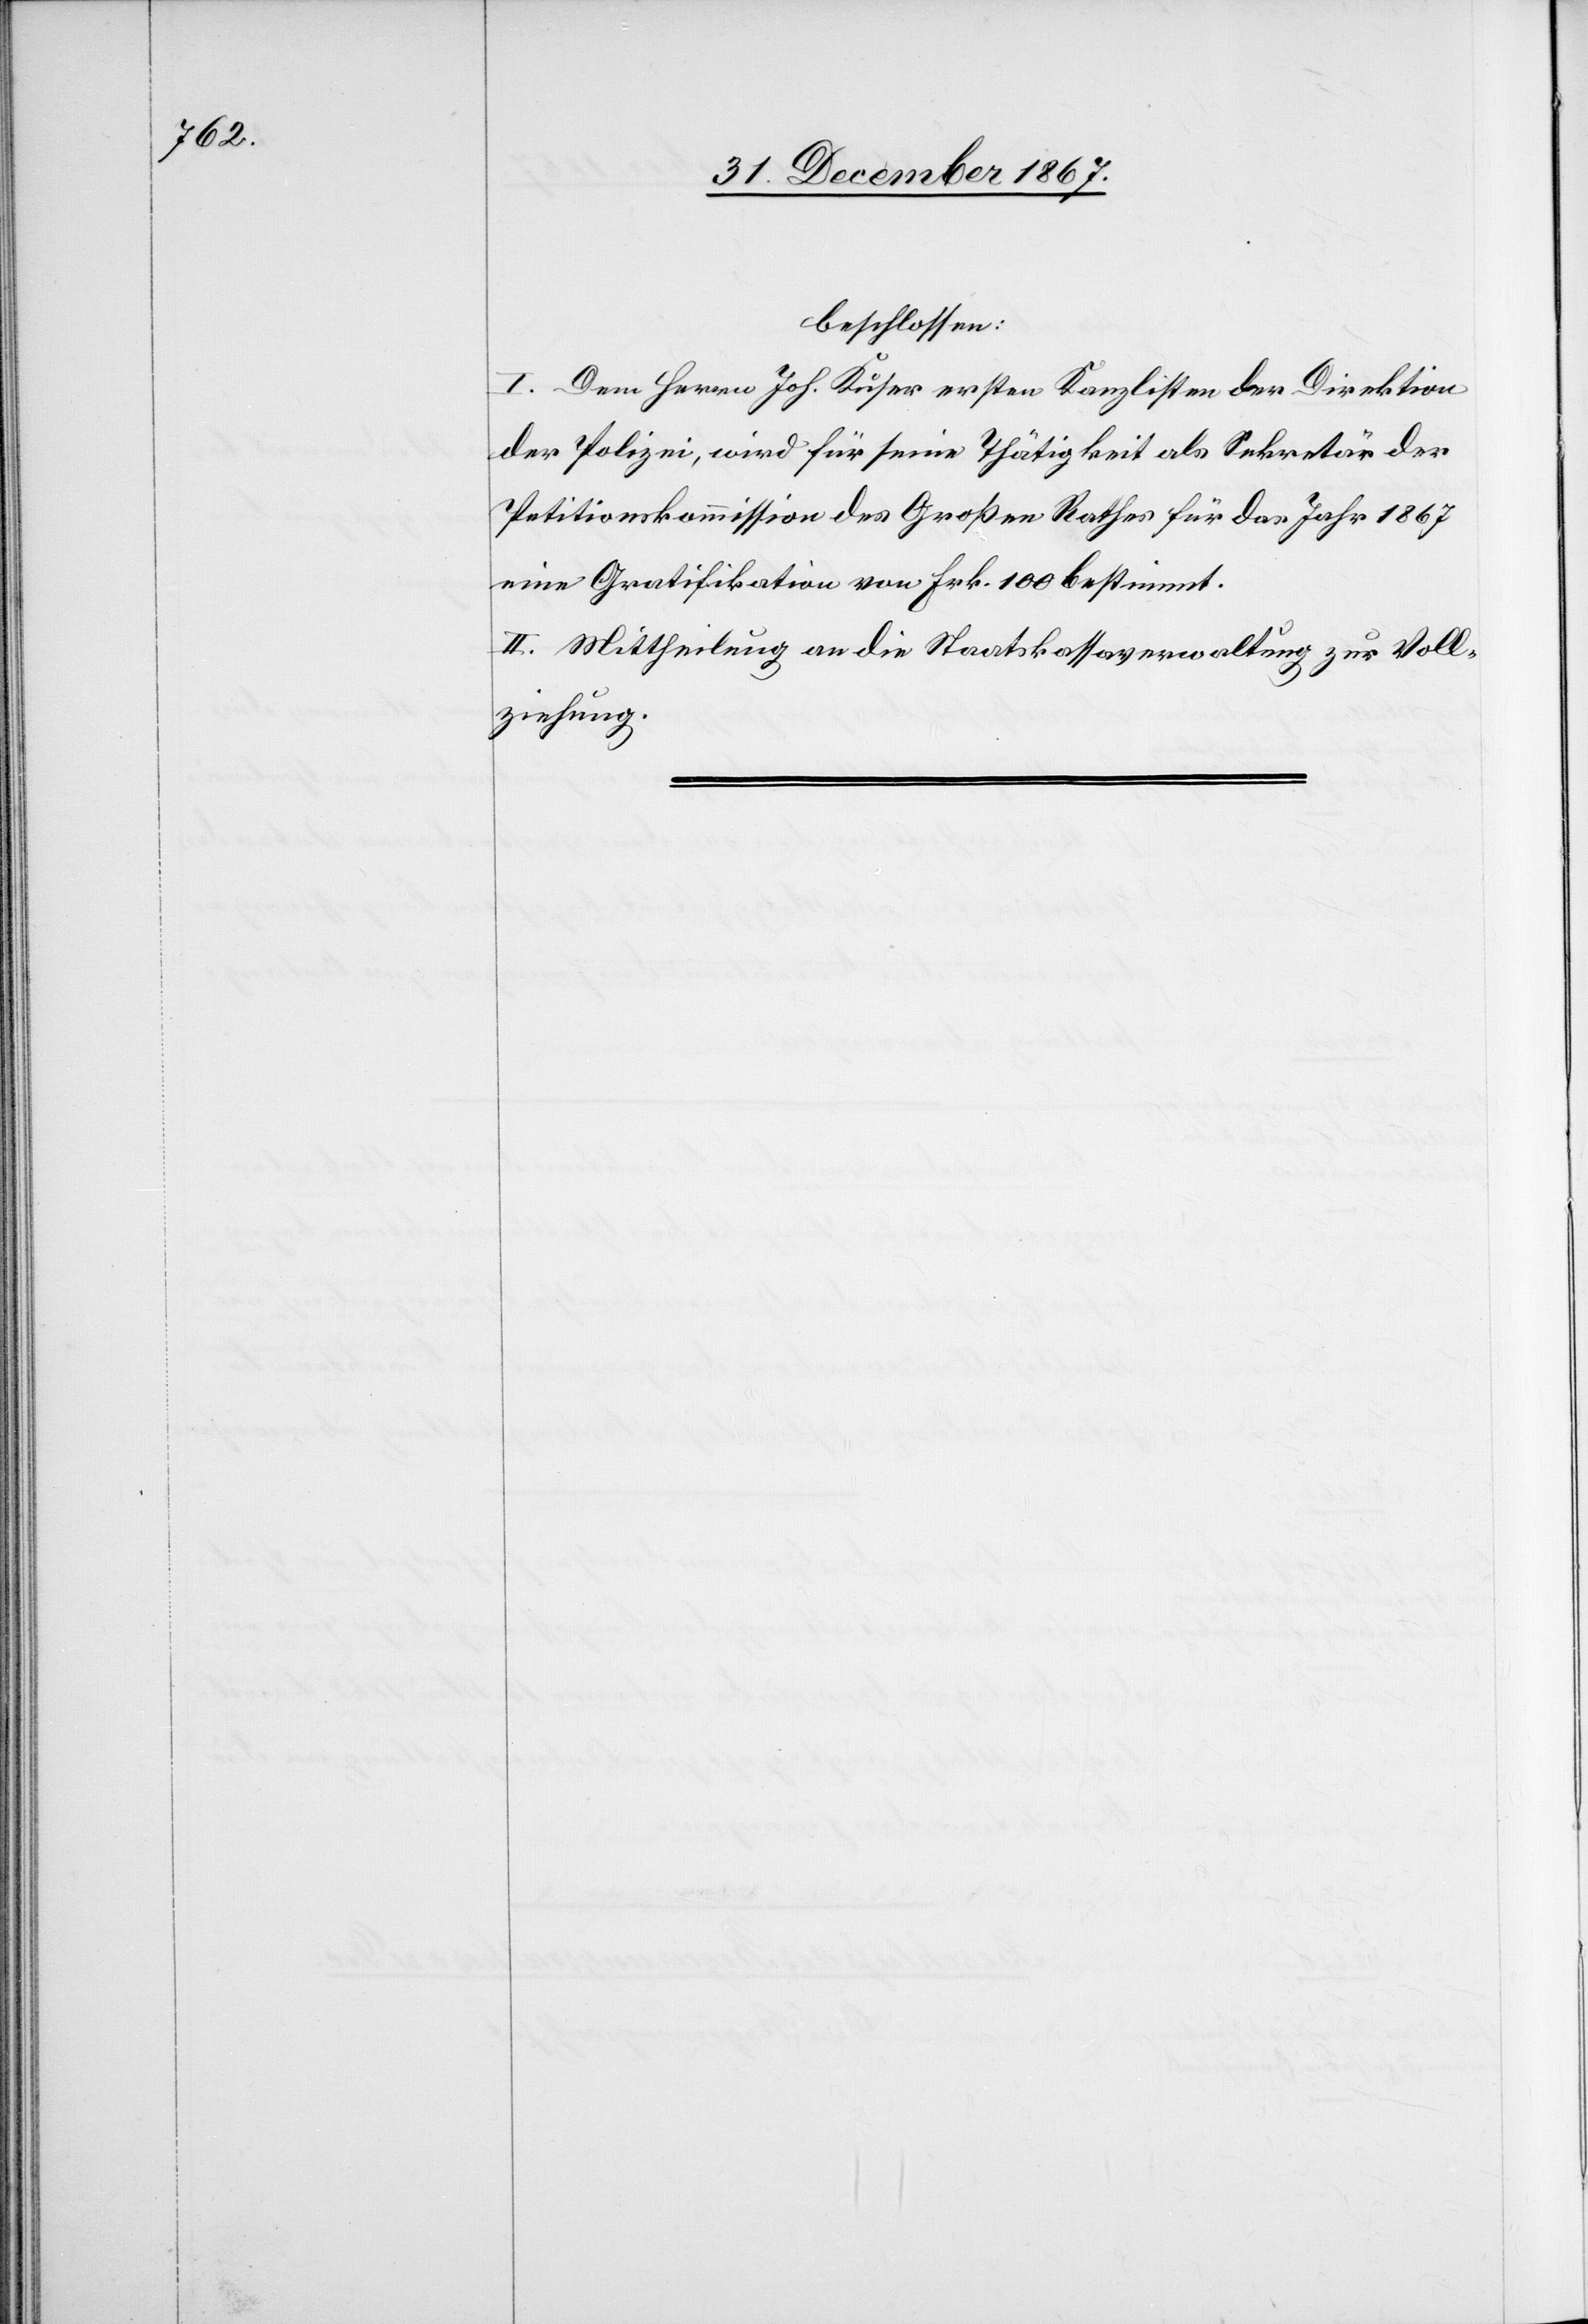
beschlossen:
I. Dem Herrn Joh. Kuser ersten Kanzlisten der Direktion
der Polizei, wird für seine Thätigkeit als Sekretär der
Petitionskommission des Großen Rathes für das Jahr 1867
eine Gratifikation von Frk. 100 bestimmt.
II. Mittheilung an die Staatskassaverwaltung zur Voll¬
ziehung.